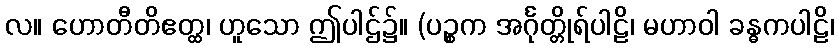
လ။ ဟောတီတိဧတ္ထ၊ ဟူသော ဤပါဌ်၌။ (ပဉ္စက အင်္ဂုတ္တိုရ်ပါဠိ၊ မဟာဝါ ခန္ဓကပါဠိ၊